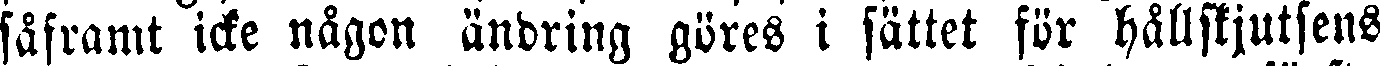
säframt icke nägon ändring göres i sättet för hållskjutsens